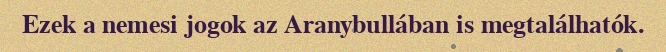
Ezek a nemesi jogok az Aranybullában is megtalálhatók.